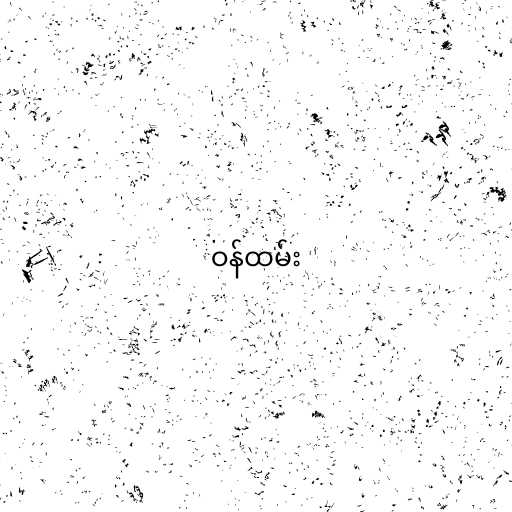
ဝန်ထမ်း